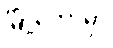
မြို့တော်မှာ